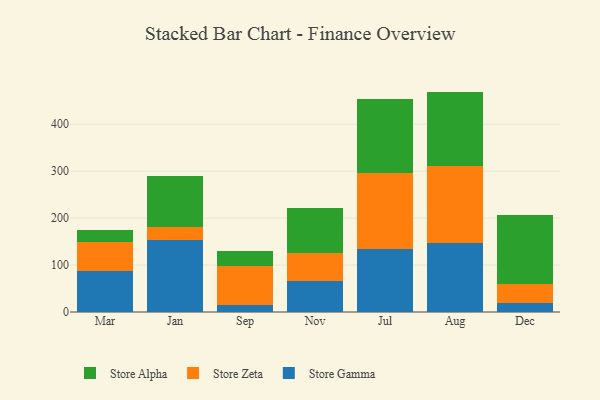
{"axis": {"x": "Month", "y": "Operating Costs (USD K)"}, "legend": ["Store Alpha", "Store Gamma", "Store Zeta"], "data": [{"x": "Mar", "y": 86.9, "type": "Store Gamma"}, {"x": "Mar", "y": 63.2, "type": "Store Zeta"}, {"x": "Mar", "y": 25.5, "type": "Store Alpha"}, {"x": "Jan", "y": 152.9, "type": "Store Gamma"}, {"x": "Jan", "y": 28.5, "type": "Store Zeta"}, {"x": "Jan", "y": 108.3, "type": "Store Alpha"}, {"x": "Sep", "y": 14.6, "type": "Store Gamma"}, {"x": "Sep", "y": 83.3, "type": "Store Zeta"}, {"x": "Sep", "y": 31.9, "type": "Store Alpha"}, {"x": "Nov", "y": 66.9, "type": "Store Gamma"}, {"x": "Nov", "y": 59.2, "type": "Store Zeta"}, {"x": "Nov", "y": 95.2, "type": "Store Alpha"}, {"x": "Jul", "y": 134.4, "type": "Store Gamma"}, {"x": "Jul", "y": 161.2, "type": "Store Zeta"}, {"x": "Jul", "y": 158.3, "type": "Store Alpha"}, {"x": "Aug", "y": 146.3, "type": "Store Gamma"}, {"x": "Aug", "y": 164.4, "type": "Store Zeta"}, {"x": "Aug", "y": 158.9, "type": "Store Alpha"}, {"x": "Dec", "y": 18.9, "type": "Store Gamma"}, {"x": "Dec", "y": 41.0, "type": "Store Zeta"}, {"x": "Dec", "y": 146.4, "type": "Store Alpha"}]}